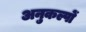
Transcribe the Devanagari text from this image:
अनुकल्पों